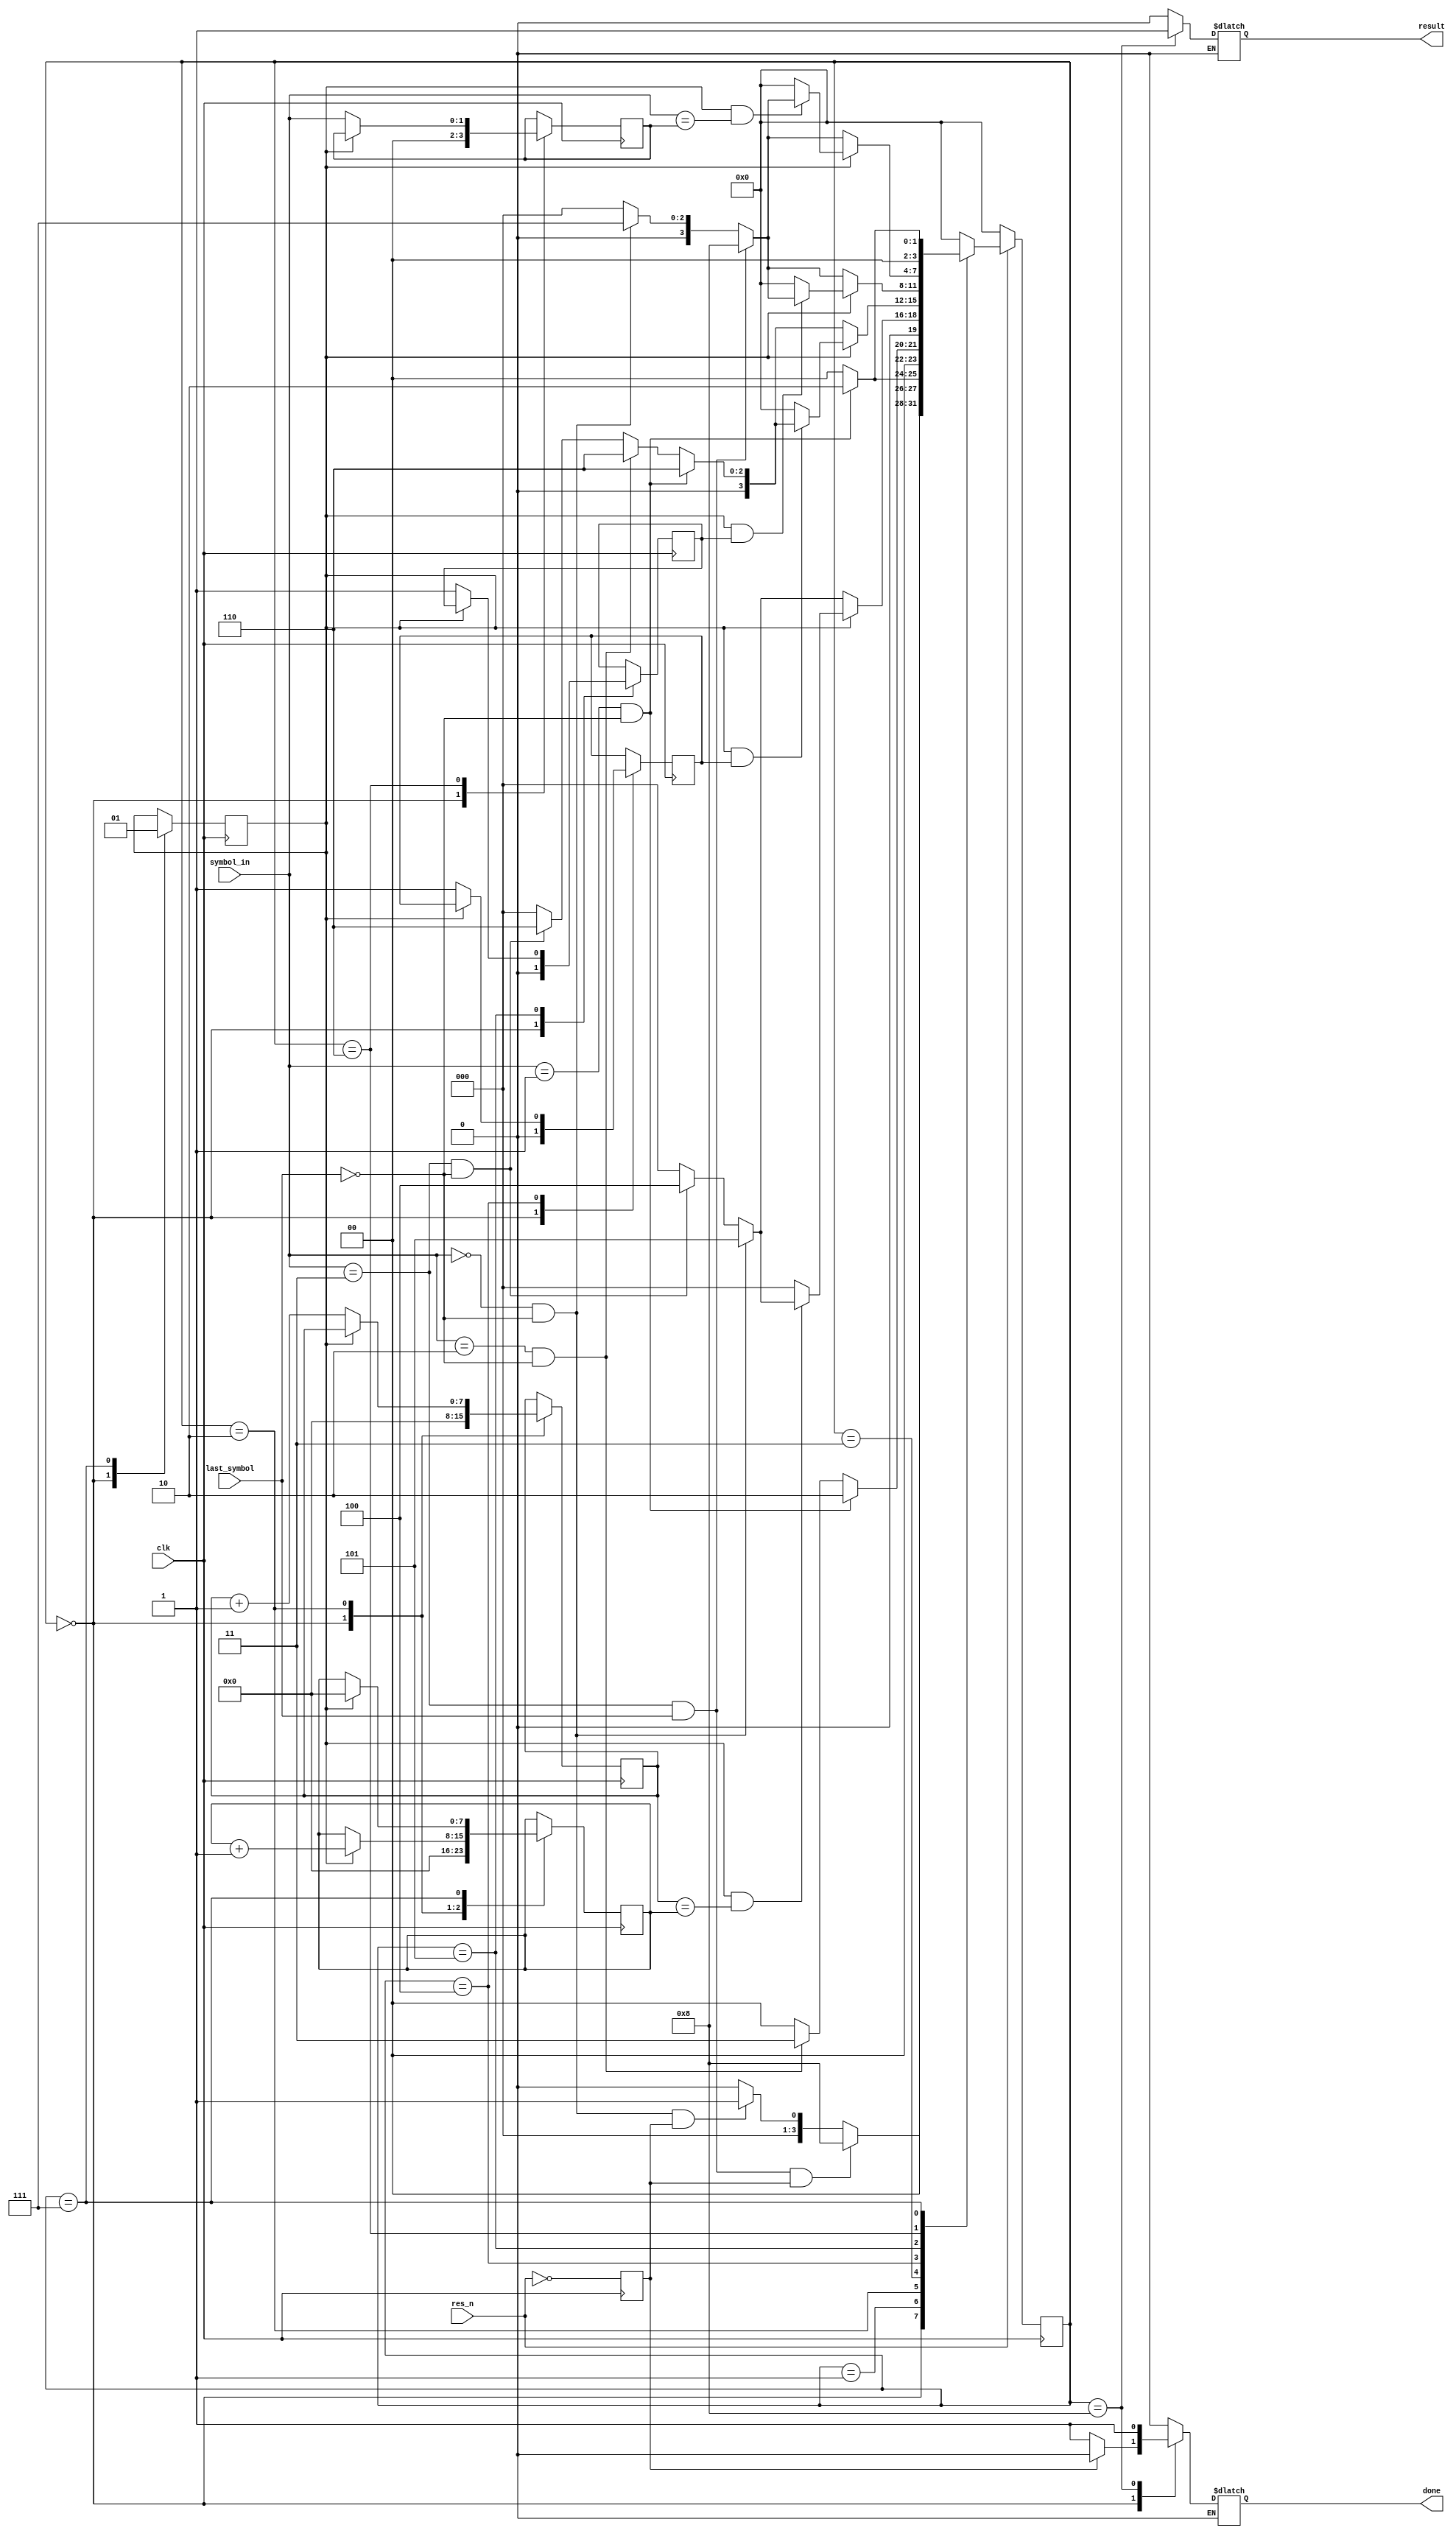
module regex(
    input clk,
    input res_n,
    input [1:0] symbol_in,
    input last_symbol,
    output reg done,
    output reg result
    );
    
    // created for state machine
    reg [3:0] state;
    reg [3:0] next_state;
    reg repeatF, choseA1, choseD1, start_flag;
	reg [1:0] chose;
	reg [7:0] Bcount, Brcount;
	
    
    // encoding table
    parameter IDLE = 4'b0000;
    parameter A = 4'b0001;
    parameter B = 4'b0010;
    parameter C = 4'b0011;
    parameter D1 = 4'b0100;
	parameter A1 = 4'b0101;
    parameter D2 = 4'b0110;
	parameter REPEAT = 4'b0111;
    parameter MATCH = 4'b1000;
    
    // always block for state machine
    always @(*)
        begin: state_machine
        next_state = IDLE;
        case(state)
          IDLE:         
                // if symbol_in: D and last_symbol: 1'b1
                if(symbol_in == 2'b11 & last_symbol == 1'b1 & start_flag) begin
                    next_state = MATCH; 
                end

                // if symbol_in: A and last_symbol: 1'b0
                else if(symbol_in == 2'b00 & last_symbol == 1'b0 & start_flag) begin
                    next_state = A;
                end
                
                else begin
                    next_state = IDLE;
                end
            
            A:                
                // if symbol in: B and last_symbol: 1'b0
                if(symbol_in == 2'b01 & last_symbol == 1'b0) begin
                    next_state = B;
                end

                else begin
                    next_state = IDLE;
                end
                
            B:
                // if symbol_in: B and last_symbol: 0
                if(symbol_in == 2'b01 & last_symbol == 1'b0) begin
                    next_state = B;
                end
                
                // if symbol_in: C and last_symbol: 0
                else if(symbol_in == 2'b10 & last_symbol == 1'b0) begin
                    next_state = C;
                end

                else begin
                    next_state = IDLE;
                end
                
            C: 
				// if its the first runthrough, proceed as normal
				if(repeatF == 1'b0) begin					
					// if symbol_in: A and last_symbol: 0
					if(symbol_in == 2'b00 & last_symbol == 1'b0) begin
						next_state = A1;
					end
					
					// if symbol_in: D and last_symbol: 0
					else if(symbol_in == 2'b11 & last_symbol == 1'b0) begin
						next_state = D1;
					end
					
					else begin
						next_state = IDLE;
					end
				end
                
				// if repeating and the b counters match, proceed as normal
				else if ((repeatF == 1'b1) & (Bcount == Brcount)) begin
					// if symbol_in: A and last_symbol: 0
					if(symbol_in == 2'b00 & last_symbol == 1'b0) begin
						next_state = A1;
					end
					
					// if symbol_in: D and last_symbol: 0
					else if(symbol_in == 2'b11 & last_symbol == 1'b0) begin
						next_state = D1;
					end
					
					else begin
						next_state = IDLE;
					end
				end
				
				// if it is repeating, and the b counters don't match then it's not a match
				else if ((repeatF == 1'b1) & (Bcount != Brcount)) begin
					next_state = IDLE;
				end
				
				else begin
                    next_state = IDLE;
                end
				
				
            D1:
				// if this is the first run, proceed as normal
				if(repeatF == 1'b0) begin
					// if symbol_in: B and last_symbol: 1'b0
					if(symbol_in == 2'b01 & last_symbol == 1'b0) begin
						next_state = D2;
					end
					
					// if symbol_in C and last_symbol: 1'b0
					else if(symbol_in == 2'b10 & last_symbol == 1'b0) begin
						next_state = D2;
					end
					
					// if symbol_in: D and last_symbol: 1'b0
					else if(symbol_in == 2'b11 & last_symbol == 1'b0) begin
						next_state = D2;
					end

					else begin
						next_state = IDLE;
					end
				end
				
				// if repeating and D was chosen again, then proceeds as normal
				else if ((repeatF == 1'b1) & (choseD1 == 1)) begin
					// if symbol_in: B and last_symbol: 1'b0
					if(symbol_in == 2'b01 & last_symbol == 1'b0) begin
						next_state = D2;
					end
					
					// if symbol_in C and last_symbol: 1'b0
					else if(symbol_in == 2'b10 & last_symbol == 1'b0) begin
						next_state = D2;
					end
					
					// if symbol_in: D and last_symbol: 1'b0
					else if(symbol_in == 2'b11 & last_symbol == 1'b0) begin
						next_state = D2;
					end

					else begin
						next_state = IDLE;
					end
				end
				
				// if repeated and in state D1, if choseD1 is 0 then no match
				else if ((repeatF == 1'b1) & (choseD1 == 0)) begin
					next_state = IDLE;
				end	
				
				else begin
                    next_state = IDLE;
                end
				
                
            A1:
				// if first run, proceed as normal
				if(repeatF == 1'b0) begin					
					// if symbol in: D and last symbol: 1'b1
					if (symbol_in == 2'b11 & last_symbol == 1'b1) begin
						next_state = MATCH;
					end
					
					//if symbol in: A and last symbol: 1'b0
					else if (symbol_in == 2'b00 & last_symbol == 1'b0) begin
						next_state = REPEAT;
					end
					
					else begin
					   next_state = IDLE;
					end
				end
				
				// if repeating and A was chosen again, then proceeds as normal
				else if ((repeatF == 1'b1) & (choseA1 == 1)) begin
					// if symbol in: D and last symbol: 1'b1
					if (symbol_in == 2'b11 & last_symbol == 1'b1) begin
						next_state = MATCH;
					end
					
					//if symbol in: A and last symbol: 1'b0
					else if (symbol_in == 2'b00 & last_symbol == 1'b0) begin
						next_state = REPEAT;
					end
					
					else begin
					   next_state = IDLE;
					end	
				end
				
				// if repeated and in state A1, if choseA1 is 0 then no match
				else if ((repeatF == 1'b1) & (choseA1 == 0)) begin
					next_state = IDLE;
				end
				
				else begin
                    next_state = IDLE;
                end
					
			
			
			D2:
				// if this is the first run, proceed as normal
				if(repeatF == 1'b0) begin
					// if symbol in: D and last_symbol: 1'b1
					if(symbol_in == 2'b11 & last_symbol == 1'b1) begin
						next_state = MATCH; 
					end
					
					// if symbol in: A and last symbol is 1'b0
					else if (symbol_in == 1'b00 & last_symbol == 1'b0) begin
						next_state = REPEAT;
					end
					
					else begin
						next_state = IDLE;
					end	
				end

				// if repeated, and the same letter was chosen for both runs, then proceed as normal
				else if ((repeatF == 1'b1) & (symbol_in == chose)) begin
					// if symbol in: D and last_symbol: 1'b1
					if(symbol_in == 2'b11 & last_symbol == 1'b1) begin
						next_state = MATCH; 
					end
					
					// if symbol in: A and last symbol is 1'b0
					else if (symbol_in == 1'b00 & last_symbol == 1'b0) begin
						next_state = REPEAT;
					end
					
					else begin
						next_state = IDLE;
					end	
				end
				
				// if repeated and X was chosen first but now its not X, => no match
				else if ((repeatF == 1'b1) & (symbol_in != chose)) begin
					next_state = IDLE;
				end
				
				else begin
                    next_state = IDLE;
                end
				
			
			REPEAT:
				// if symbol in: B and last_symbol: 1'b0
				if (symbol_in == 1'b01 & last_symbol == 1'b0) begin
					next_state = B;
				end
				
				else begin
                    next_state = IDLE;
                end
				
			
            MATCH:
                // if there is a match, it'll stay here until reset to accept the next input
                begin
                end
                
        default:
		  begin
		      next_state = IDLE;
	      end

                
        endcase   
    end
    
    // always block combintaional for output logic
    always @(*)
        begin: output_sm1
        case(state)
            IDLE:
                begin
                    // if starting in the beginning, its not done right away
					if(start_flag == 1'b1) begin
						result = 1'b0;
						done = 1'b0;
					end
                    
                    // if returning to IDLE from anywhere, it is done
					else if(start_flag == 1'b0) begin
						result = 1'b0;
						done = 1'b1;
					end    

                end
                
            A:
                begin
                    result = 1'b0;
                    done = 1'b0;                 
                end   
                
            B:
                begin
                    result = 1'b0;
                    done = 1'b0;                 
                end        
                
            C:
                begin
                    result = 1'b0;
                    done = 1'b0;                 
                end
            D1:
                begin
                    result = 1'b0;
                    done = 1'b0;                 
                end                        
            
            A1:
                begin
                    result = 1'b0;
                    done = 1'b0;                 
                end               
            
            D2:
                begin
                    result = 1'b0;
                    done = 1'b0;                 
                end               
            
             REPEAT:
                begin
                    result = 1'b0;
                    done = 1'b0;                 
                end              
  
             MATCH:
                begin
                    result = 1'b1;
                    done = 1'b1;                 
                end    
            
             default:
                begin
                    result = 1'b0;
                    done = 1'b0;                 
                end              
        endcase
        end    
                 
    
    // always block for outputs of each state
    always @(posedge clk)
        begin: output_sm
        case(state)
            IDLE:
                begin
					// reset repeat trackers
					repeatF <= 1'b0;
					Bcount <= 'b0;
					Brcount <= 'b0;
					choseA1 <= 1'b0;
					choseD1 <= 1'b0;
					chose <= 'b0;
                end
            A:
                begin              
                end
            B:
                begin					
					if (repeatF == 1'b0) begin		// if this is the first run, keep track of B*
						Bcount <= Bcount + 1'b1;
					end 
					
					else if (repeatF == 1'b1) begin	// if this is a repeated run, keep track of new B*
						Brcount <= Brcount + 1'b1;
					end		
                end   
            C:
                begin
                end
            D1:
				begin
					if(repeatF == 1'b0) begin
						choseD1 <= 1'b1;
					end
				end
			
			A1:
				begin
					if(repeatF == 1'b0) begin
						choseA1 <= 1'b1;
					end
				end
				
            D2:
                begin
					// on first run, if X is chosen, set the tracker to X
					if (repeatF == 1'b0) begin
						chose <= symbol_in;
					end
                end
				
			REPEAT:
				begin
					if(repeatF == 1'b0) begin		// if this is 0 then its the first time repeating
						repeatF <= 1'b1;			// set a tracker to show that it is repeating
					end
					else if (repeatF == 1'b1) begin	// if this is 1, then its a repeated run
						Brcount <= 'b0;				// reset the Brcounter to count B*
					end
				end 
				
            MATCH:
                begin 
                end
            
            default:
                begin
                end
            
        endcase
    end
    
    
    // always block to move to next state every clock cycle
    always @(posedge clk) begin
        if(res_n == 1'b0) begin
            state <= IDLE;
        end
        else begin
            state <= next_state;
        end
    end
    
    always @(posedge clk) begin
        start_flag <= ~res_n;   // resets initilizes start_flag
    end
    
endmodule